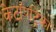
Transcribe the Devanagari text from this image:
केटॉपट्रिका